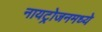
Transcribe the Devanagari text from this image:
नायट्रोजनमध्ये